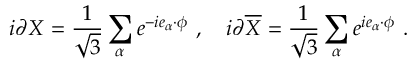
i \partial X = { \frac { 1 } { \sqrt 3 } } \sum _ { \alpha } e ^ { - i e _ { \alpha } \cdot \phi } ~ , ~ ~ ~ i \partial { \overline { { X } } } = { \frac { 1 } { \sqrt 3 } } \sum _ { \alpha } e ^ { i e _ { \alpha } \cdot \phi } ~ .